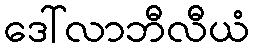
ဒေါ်လာဘီလီယံ